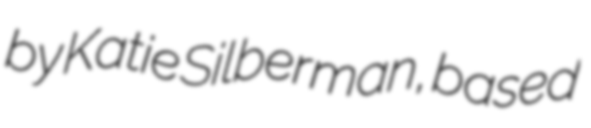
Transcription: by Katie Silberman, based